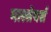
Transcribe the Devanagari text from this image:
मास्सेयर्स